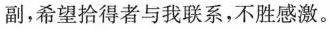
副，希望拾得者与我联系，不胜感激。